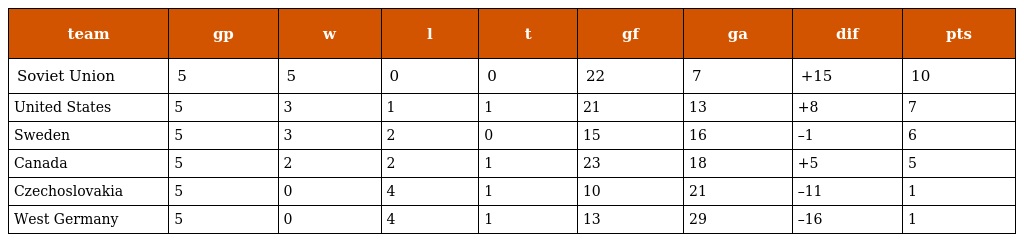
| team | gp | w | l | t | gf | ga | dif | pts |
 | --- | --- | --- | --- | --- | --- | --- | --- | --- |
 | Soviet Union | 5 | 5 | 0 | 0 | 22 | 7 | +15 | 10 |
 | United States | 5 | 3 | 1 | 1 | 21 | 13 | +8 | 7 |
 | Sweden | 5 | 3 | 2 | 0 | 15 | 16 | –1 | 6 |
 | Canada | 5 | 2 | 2 | 1 | 23 | 18 | +5 | 5 |
 | Czechoslovakia | 5 | 0 | 4 | 1 | 10 | 21 | –11 | 1 |
 | West Germany | 5 | 0 | 4 | 1 | 13 | 29 | –16 | 1 |